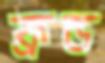
ফ্রড